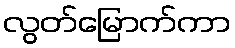
လွတ်မြောက်ကာ